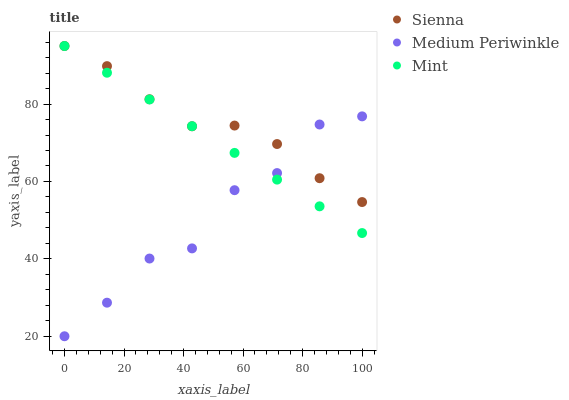
| xaxis_label | Sienna | Medium Periwinkle | Mint |
 | --- | --- | --- | --- |
 | 0 | 95 | 20 | 95 |
 | 14.3 | 89.8 | 28.7 | 88.1 |
 | 28.6 | 81.2 | 40.1 | 81.2 |
 | 42.9 | 74.3 | 42.7 | 74.3 |
 | 57.1 | 74.4 | 57.7 | 67.4 |
 | 71.4 | 69.7 | 62.2 | 60.5 |
 | 85.7 | 60.8 | 74.7 | 53.6 |
 | 100 | 54.7 | 76.8 | 46.7 |